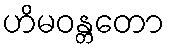
ဟိမဝန္တတော